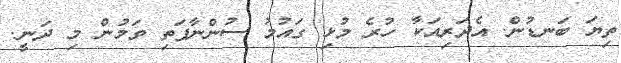
ތިޔަ ބަނޑުން. އެދަރިއަކާ ހުރެ މުޅި ގައުމު ސުންނާފަަތި ވަމުން މި ދަނީ.